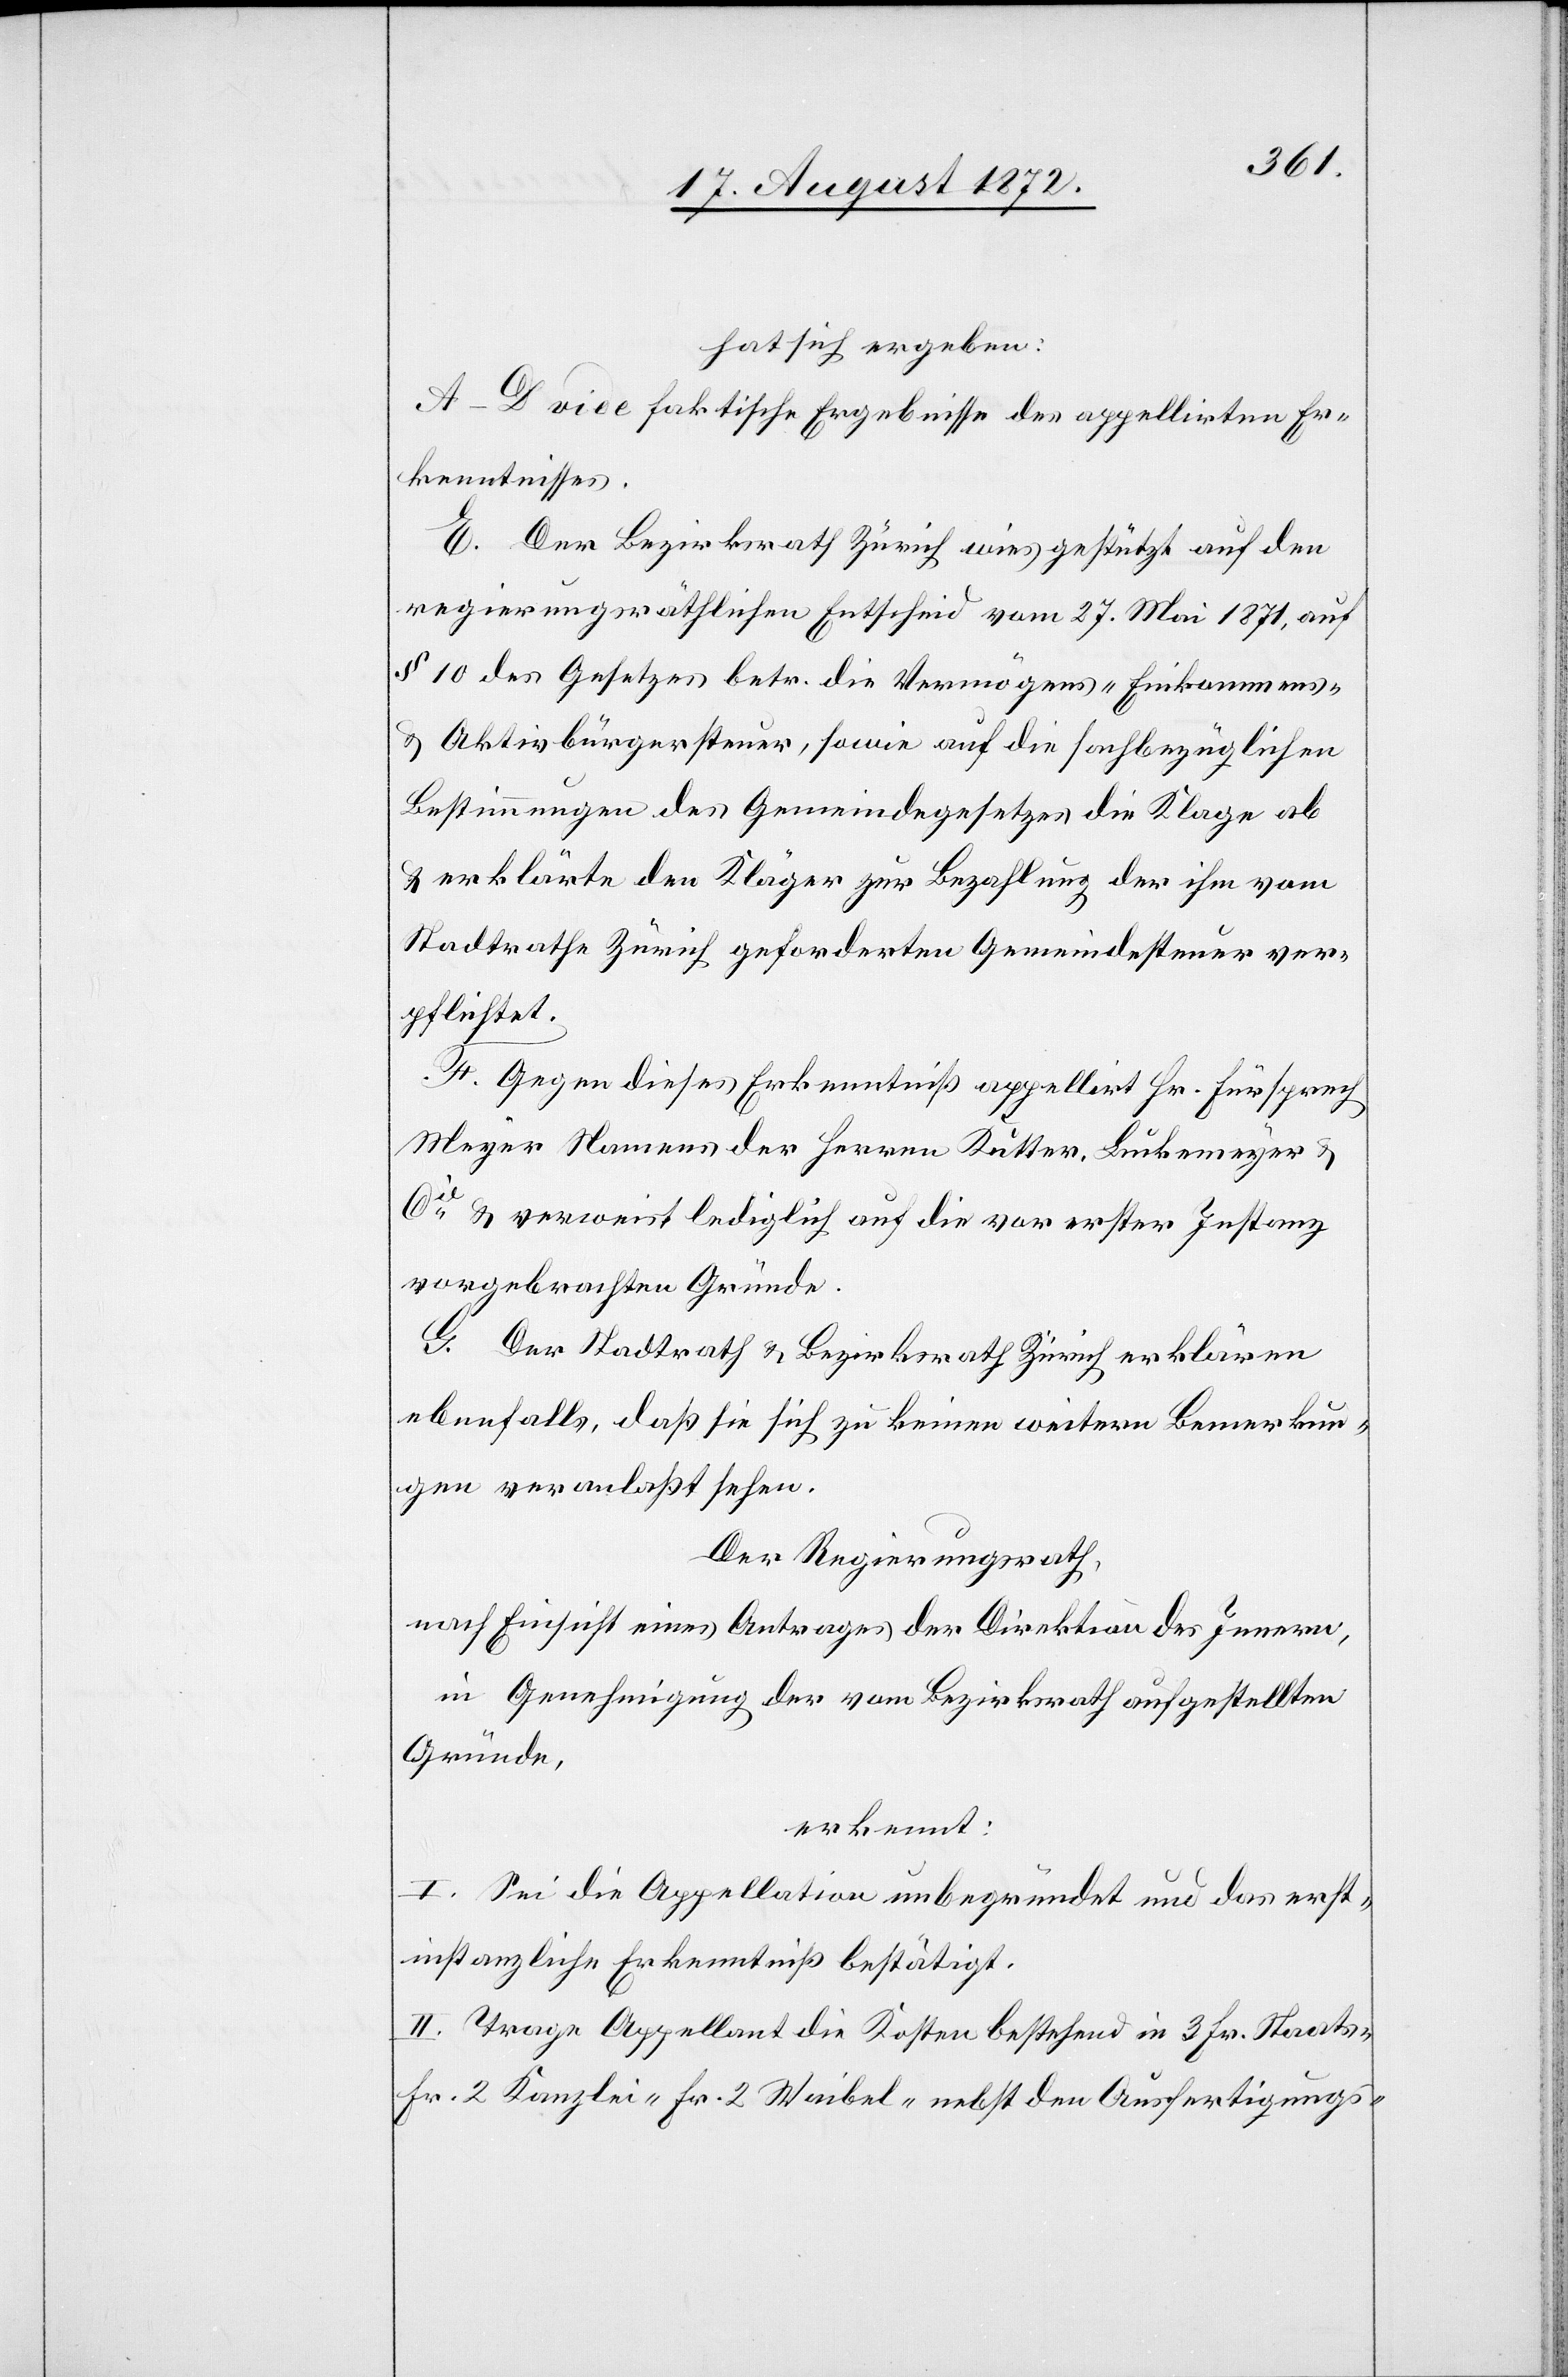
hat sich ergeben:
A–D vide faktische Ergebnisse des appellirten Er¬
kenntnisses.
E. Der Bezirksrath Zürich wies gestützt auf den
regierungsräthlichen Entscheid vom 27. Mai 1871, auf
§ 10 des Gesetzes betr. die Vermögens-[,] Einkommens-
u. Aktivbürgersteuer, sowie auf die sachbezüglichen
Bestimmungen des Gemeindegesetzes die Klage ab
u. erklärte den Kläger zur Bezahlung der ihm vom
Stadtrathe Zürich geforderten Gemeindesteuer ver¬
pflichtet.
F. Gegen dieses Erkenntniß appellirt Hr. Fürsprech
Meyer Namens der Herren Kutter, Luckenmeyer u.
Cie verweist lediglich auf die vor erster Instanz
vorgebrachten Gründe.
G. Der Stadtrath u. Bezirksrath Zürich erklären
ebenfalls, daß sie sich zu keinen weitern Bemerkun¬
gen veranlaßt sehen.
Der Regierungsrath,
nach Einsicht eines Antrages der Direktion des Innern,
in Genehmigung der vom Bezirksrath aufgestellten
Gründe,
erkennt:
I. Sei die Appellation unbegründet und das erst¬
instanzliche Erkenntniß bestätigt.
II. Trage Appellant die Kosten bestehend in 3 Fr. Staats[,]
Fr. 2 Kanzlei-[,] Fr. 2 Waibel-[,] nebst den Ausfertigungs-